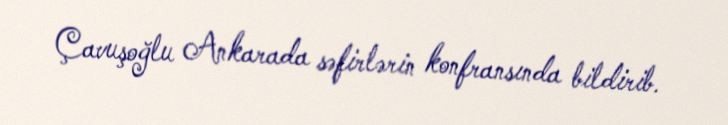
Çavuşoğlu Ankarada səfirlərin konfransında bildirib.